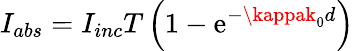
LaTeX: I_{abs}=I_{inc}T\left(1-\mathrm{e}^{-\kappak_{0}d}\right)